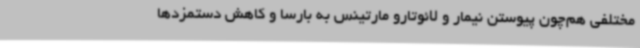
مختلفی هم‌چون پیوستن نیمار و لائوتارو مارتینس به بارسا و کاهش دستمزدها